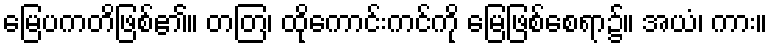
မြေပကတိဖြစ်၏။ တတြ၊ ထိုကောင်းကင်ကို မြေဖြစ်စေရာ၌။ အယံ၊ ကား။